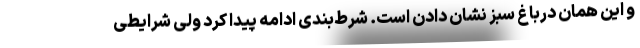
و این همان درباغ سبز نشان دادن است. شرط‌بندی ادامه پیدا کرد ولی شرایطی